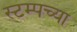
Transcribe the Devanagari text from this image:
स्टम्पच्या